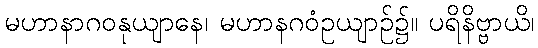
မဟာနာဂဝနုယျာနေ၊ မဟာနဂဝံဥယျာဉ်၌။ ပရိနိဗ္ဗာယိ၊